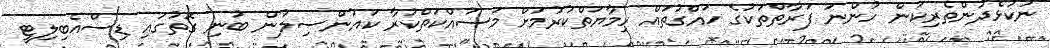
ނުކުޅެދުންތެރިކަން ހުންނަ ފަރާތްތަކުގެ ހައްގުތައް ހިމާޔަތްކުރުމަށް މަސައްކަތްކުރާ ކައުންސިލުން ބުނި ގޮތުގައި ޑިސްއެބިލިޓީ